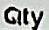
QTY